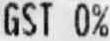
GST 0%